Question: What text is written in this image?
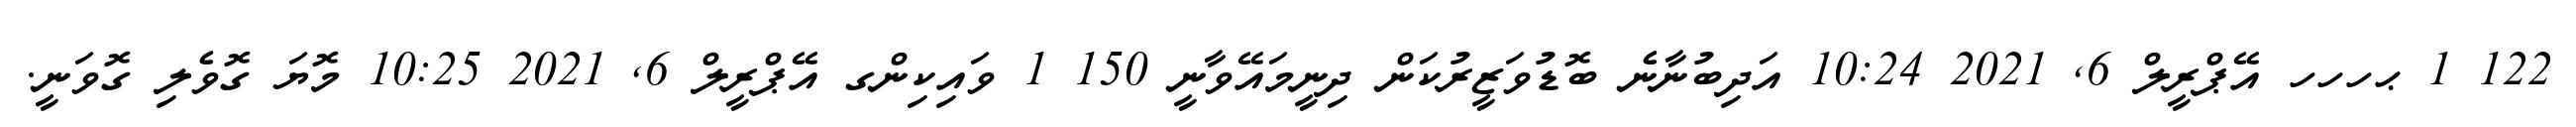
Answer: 122 1 ޙހހހ އޭޕްރީލް 6, 2021 10:24 އަދިބުނާނެ ބޮޑުވަޒީރުކަން ދިނީމައޭވާނީ 150 1 ވައިކިންގ އޭޕްރީލް 6, 2021 10:25 މޮޔަ ގޮވެލި ގޮވަނީ.